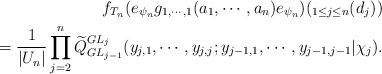
LaTeX: \begin{align*} f_{T_n}(e_{\psi_n}g_{1,\cdots, 1}(a_1,\cdots,a_n)e_{\psi_n})(_{1\leq j\leq n}(d_j)) \\ =\frac{1}{|U_n|}\prod_{j=2}^{n}\widetilde{Q}_{GL_{j-1}}^{GL_j}(y_{j,1},\cdots,y_{j,j};y_{j-1,1},\cdots, y_{j-1,j-1}|\chi_{j}).\end{align*}